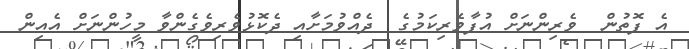
އެ ފޮތުން  ވެރިންނަށް އުފާވެރިކަމުގެ  ދެއްވުމަށާއި ދެކޮޅުވެރިވެގެންވާ މީހުންނަށް އެއިން